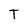
Character: T